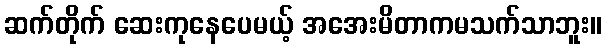
ဆက်တိုက် ဆေးကုနေပေမယ့် အအေးမိတာကမသက်သာဘူး။